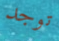
توجد